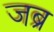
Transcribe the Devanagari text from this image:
जब्र